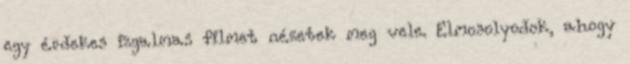
egy érdekes izgalmas filmet nézetek meg vele. Elmosolyodok, ahogy